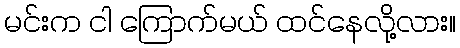
မင်းက ငါ ကြောက်မယ် ထင်နေလို့လား။